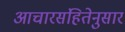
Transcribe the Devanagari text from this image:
आचारसंहितेनुसार